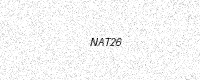
Text: NAT26